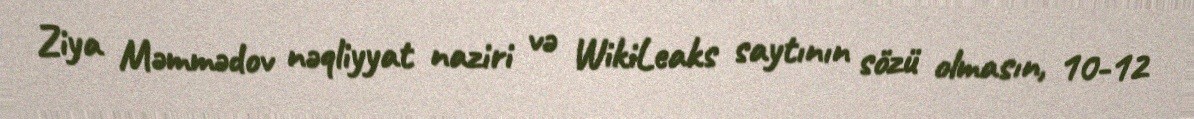
Ziya Məmmədov nəqliyyat naziri və WikiLeaks saytının sözü olmasın, 10-12